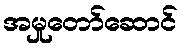
အမှုတော်ဆောင်